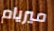
ميريام